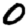
Digit: 0